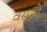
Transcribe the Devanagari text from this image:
वसन्ते